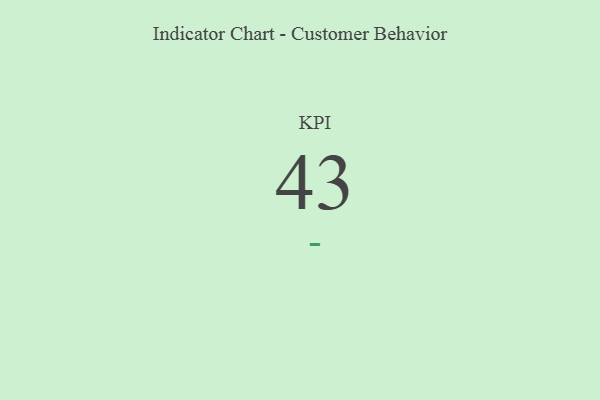
{"axis": {"x": "KPI", "y": "Value"}, "legend": [""], "data": [{"x": "KPI", "y": 43, "type": ""}]}